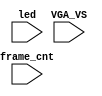
/*
  
   Multicore 2 / Multicore 2+
  
   Copyright (c) 2017-2020 - Victor Trucco

  
   All rights reserved
  
   Redistribution and use in source and synthezised forms, with or without
   modification, are permitted provided that the following conditions are met:
  
   Redistributions of source code must retain the above copyright notice,
   this list of conditions and the following disclaimer.
  
   Redistributions in synthesized form must reproduce the above copyright
   notice, this list of conditions and the following disclaimer in the
   documentation and/or other materials provided with the distribution.
  
   Neither the name of the author nor the names of other contributors may
   be used to endorse or promote products derived from this software without
   specific prior written permission.
  
   THIS CODE IS PROVIDED BY THE COPYRIGHT HOLDERS AND CONTRIBUTORS "AS IS"
   AND ANY EXPRESS OR IMPLIED WARRANTIES, INCLUDING, BUT NOT LIMITED TO,
   THE IMPLIED WARRANTIES OF MERCHANTABILITY AND FITNESS FOR A PARTICULAR
   PURPOSE ARE DISCLAIMED. IN NO EVENT SHALL THE AUTHOR OR CONTRIBUTORS BE
   LIABLE FOR ANY DIRECT, INDIRECT, INCIDENTAL, SPECIAL, EXEMPLARY, OR
   CONSEQUENTIAL DAMAGES (INCLUDING, BUT NOT LIMITED TO, PROCUREMENT OF
   SUBSTITUTE GOODS OR SERVICES; LOSS OF USE, DATA, OR PROFITS; OR BUSINESS
   INTERRUPTION) HOWEVER CAUSED AND ON ANY THEORY OF LIABILITY, WHETHER IN
   CONTRACT, STRICT LIABILITY, OR TORT (INCLUDING NEGLIGENCE OR OTHERWISE)
   ARISING IN ANY WAY OUT OF THE USE OF THIS SOFTWARE, EVEN IF ADVISED OF THE
   POSSIBILITY OF SUCH DAMAGE.
  
   You are responsible for any legal issues arising from your use of this code.
  
*/`timescale 1ns/1ps

module mister_dump(
    input           VGA_VS,
    input           led,
    input   [31:0]  frame_cnt
);

`ifdef DUMP
`ifndef NCVERILOG // iVerilog:
    initial begin
        // #(200*100*1000*1000);
        $display("DUMP enabled");
        $dumpfile("test.lxt");
    end
    `ifdef LOADROM
    always @(negedge led) if( $time > 20000 ) begin // led = downloading signal
        $display("DUMP starts");
        $dumpvars(0,mister_test);
        $dumpon;
    end
    `else
        `ifdef DUMP_START
        always @(negedge VGA_VS) if( frame_cnt==`DUMP_START ) begin
        `else
            initial begin
        `endif
            $display("DUMP starts");
            `ifdef DEEPDUMP
                $dumpvars(0,mister_test);
            `else
                $dumpvars(1,mister_test.UUT.u_game.u_main);
            `endif
            $dumpon;
        end
    `endif
`else // NCVERILOG
    `ifdef DUMP_START
    always @(negedge VGA_VS) if( frame_cnt==`DUMP_START ) begin
    `else
    initial begin
    `endif
        $display("NC Verilog: will dump all signals");
        $shm_open("test.shm");
        `ifdef DEEPDUMP
            $shm_probe(mister_test,"AS");
        `else
            $shm_probe(UUT.u_game.u_prom_we,"AS");
            $shm_probe(UUT.u_base.u_sdram,"AS");
        `endif
    end
`endif
`endif

endmodule // mist_dump